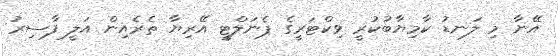
އޭނާ މި ލަނޑު ކާމިޔާބުކުރީ ވިކްޓަރީގެ ޕެނަލްޓީ އޭރިޔާ ތެރެއިން އަލީ ފާސިރު